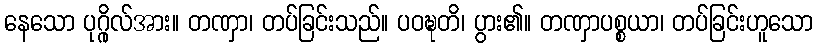
နေသော ပုဂ္ဂိုလ်အား။ တဏှာ၊ တပ်ခြင်းသည်။ ပဝဍ္ဎတိ၊ ပွား၏။ တဏှာပစ္စယာ၊ တပ်ခြင်းဟူသော